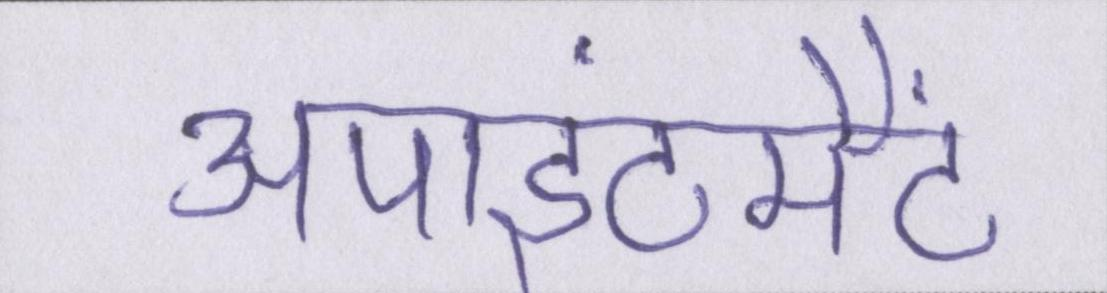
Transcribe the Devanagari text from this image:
अपाइंटमैंट